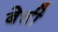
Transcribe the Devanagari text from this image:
बेत्ती